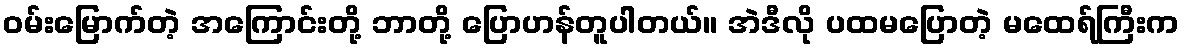
ဝမ်းမြောက်တဲ့ အကြောင်းတို့ ဘာတို့ ပြောဟန်တူပါတယ်။ အဲဒီလို ပထမပြောတဲ့ မထေရ်ကြီးက